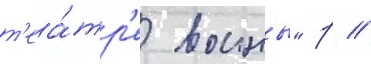
т'еа́тр'е воины" р //